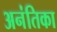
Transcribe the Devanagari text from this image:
अनंतिका